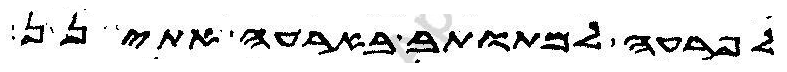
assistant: לפרעה למתותב בארעה אתינן